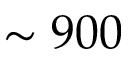
\sim 9 0 0